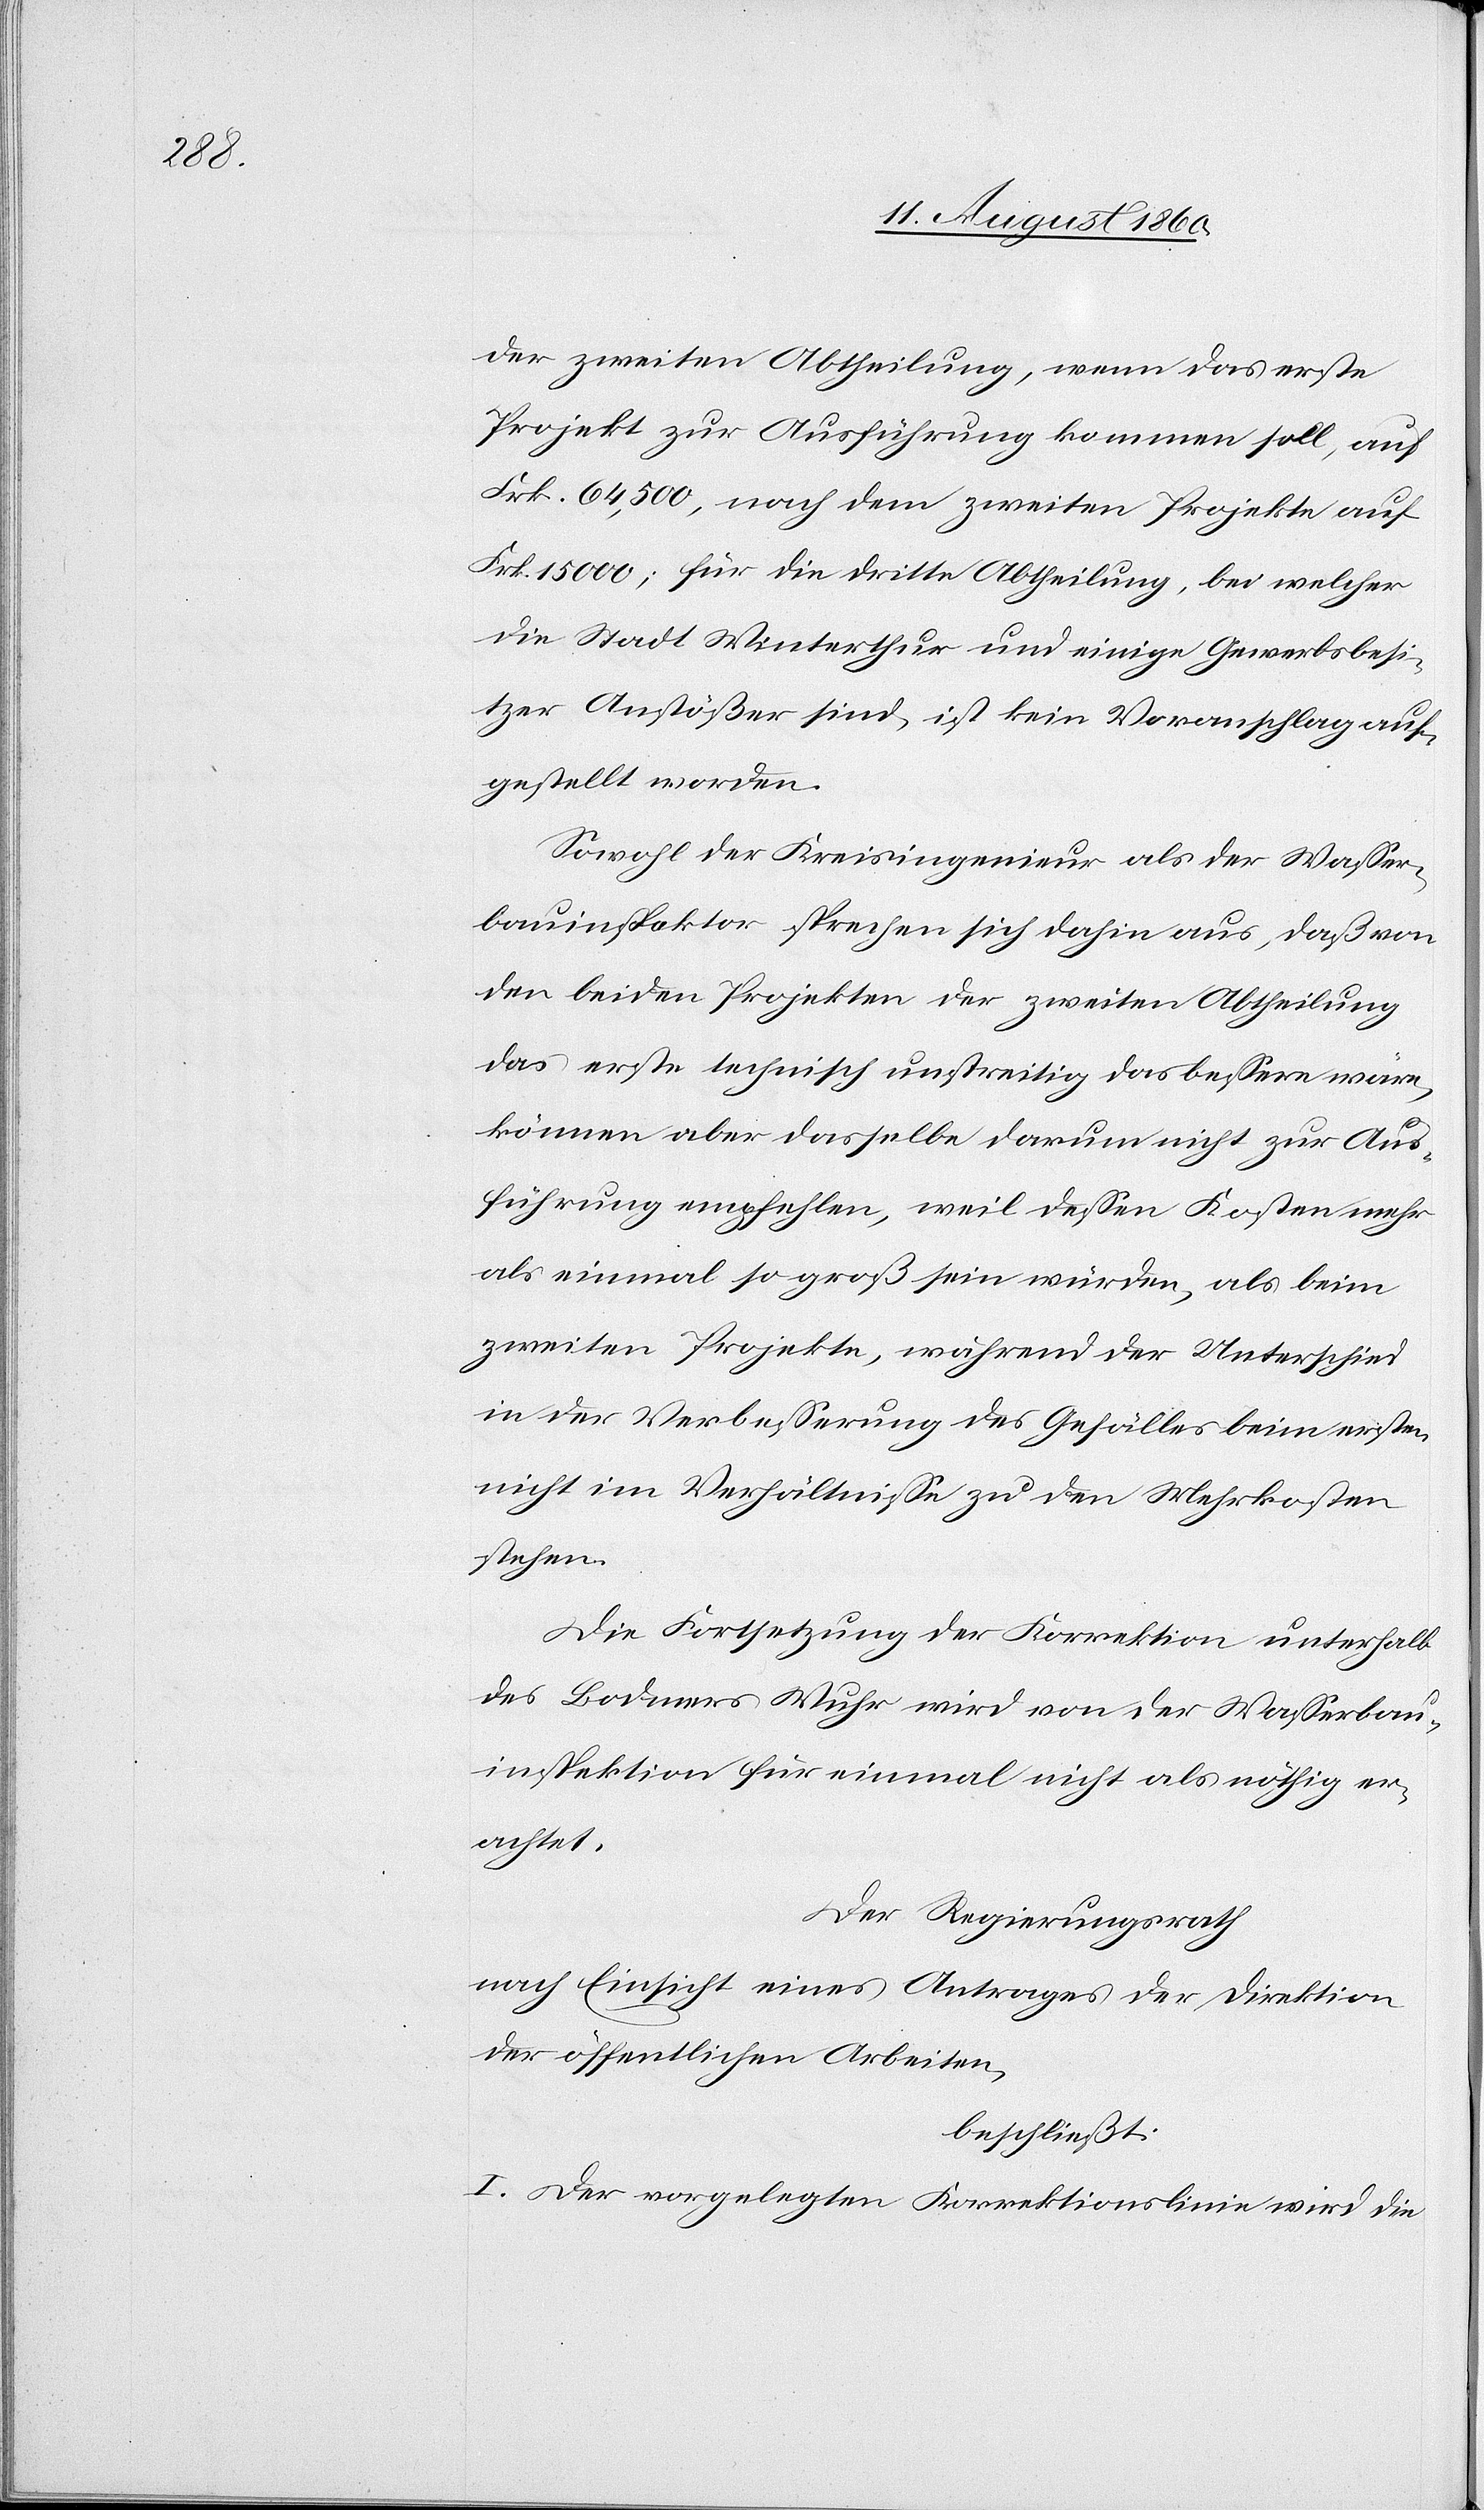
diejenige

der zweiten Abtheilung, wenn das erste
Projekt zur Ausführung kommen soll, auf
fcs. 64 500, nach dem zweiten Projekte auf
Frk. 15 000; für die dritte Abtheilung, bei welcher
die Stadt Winterthur und einige Gewerbsbesi¬
tzer Anstösser sind, ist kein Voranschlag auf¬
gestellt worden.
Sowohl der Kreisingenieur als der Wasser¬
bauinspektor sprechen sich dahin aus, dass von
den beiden Projekten der zweiten Abtheilung
das erste technisch unstreitig das bessere wäre,
können aber dasselbe darum nicht zur Aus¬
führung empfehlen, weil dessen Kosten mehr
als einmal so gross sein würden, als beim
zweiten Projekte, während der Unterschied
in der Verbesserung des Gefälles beim ersten
nicht im Verhältnisse zu den Mehrkosten
stehen.
Die Fortsetzung der Korrektion unterhalb
des Bodmers Wuhr wird von der Wasserbau¬
inspektion für einmal nicht als nöthig er¬
achtet.
Der Regierungsrath,
nach Einsicht eines Antrages der Direktion
der öffentlichen Arbeiten,
beschliesst:
I. Der vorgelegten Korrektionslinie wird die